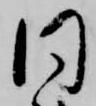
同